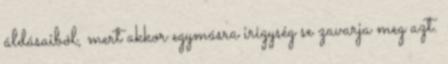
áldásaiból, mert akkor egymásra irigység se zavarja meg azt.